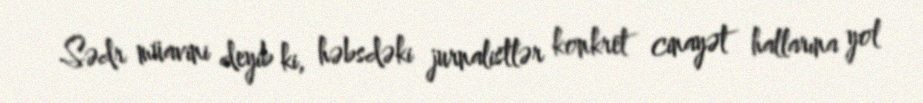
Sədr müavini deyib ki, həbsdəki jurnalistlər konkret cinayət hallarına yol